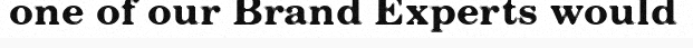
one of our Brand Experts would